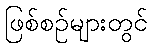
ဖြစ်စဉ်များတွင်